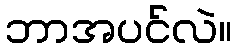
ဘာအပင်လဲ။